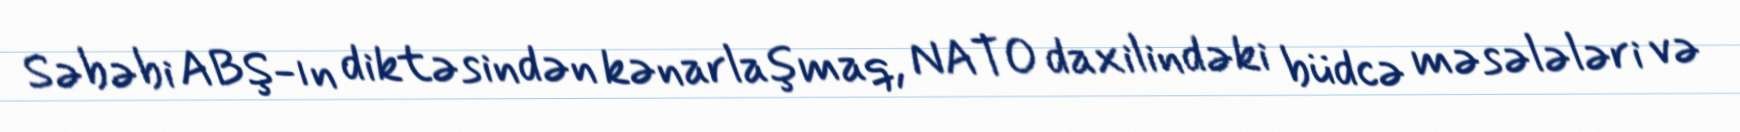
Səbəbi ABŞ-ın diktəsindən kənarlaşmaq, NATO daxilindəki büdcə məsələləri və